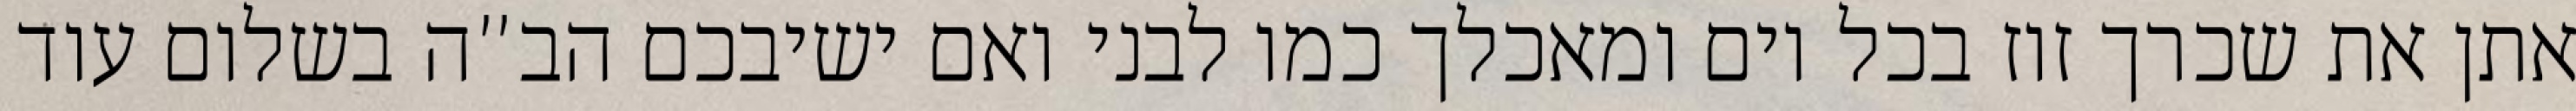
אתן את שכרך זוז בכל יום ומאכלך כמו לבני ואם ישיבכם הב”ה בשלום עוד